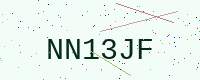
Text: NN13JF